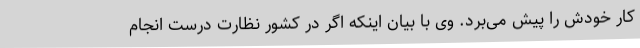
کار خودش را پیش می‌برد. وی با بیان اینکه اگر در کشور نظارت درست انجام